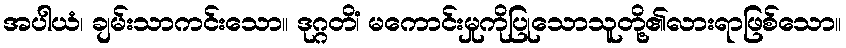
အပါယံ၊ ချမ်းသာကင်းသော။ ဒုဂ္ဂတိံ၊ မကောင်းမှုကိုပြုသောသူတို့၏လားရာဖြစ်သော။